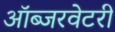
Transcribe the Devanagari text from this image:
ऑब्जरवेटरी